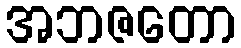
အဘဇတော